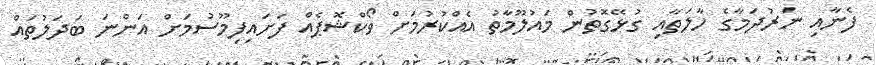
ފެނާއި ނަރުދަމާގެ ހާލަތާއި ގުޅޭގޮތުން މައުލޫމާތު އެއްކުރުމަށް ވޯކްޝޮޕެއް ފަށައިފިމޫސުމަށް އަންނަ ބަދަލުތައް